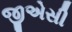
જીએસી